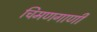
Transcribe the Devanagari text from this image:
चिमणगाणी